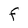
Character: F